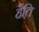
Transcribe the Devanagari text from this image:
हैति